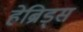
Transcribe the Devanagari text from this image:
हेब्रिड्स